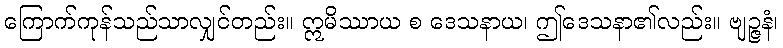
ကြောက်ကုန်သည်သာလျှင်တည်း။ ဣမိဿာယ စ ဒေသနာယ၊ ဤဒေသနာ၏လည်း။ ဗျဉ္ဇနံ၊